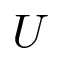
\boldsymbol { U }